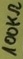
Text: 100KΩ